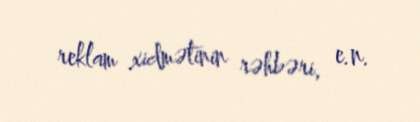
reklam xidmətinin rəhbəri, e.n.